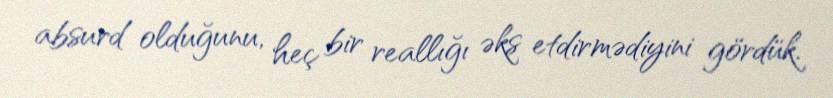
absurd olduğunu, heç bir reallığı əks etdirmədiyini gördük.